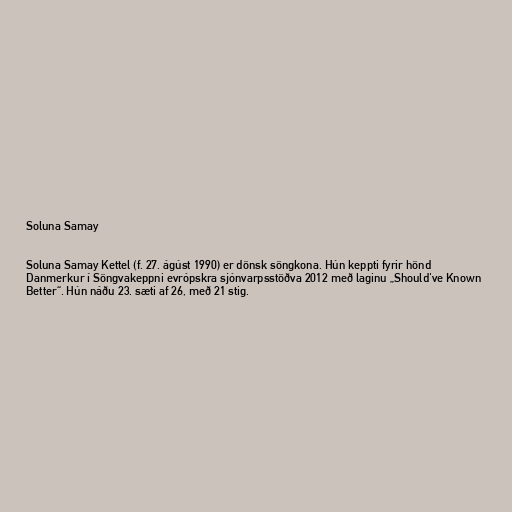
Soluna Samay

Soluna Samay Kettel (f. 27. ágúst 1990) er dönsk söngkona. Hún keppti fyrir hönd
Danmerkur í Söngvakeppni evrópskra sjónvarpsstöðva 2012 með laginu „Should've Known
Better“. Hún náðu 23. sæti af 26, með 21 stig.